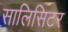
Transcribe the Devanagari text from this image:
सालिसिटर